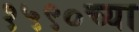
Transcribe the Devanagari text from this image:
१५९०च्या